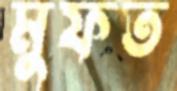
মুফত